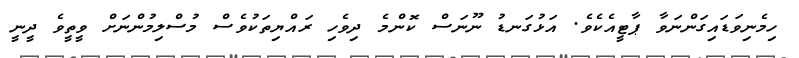
ހިމެނިވަޑައިގަންނަވާ ޕާޓީއެކެވެ. އަޅުގަނޑު ނޫނަސް ކޮންމެ ދިވެހި ރައްޔިތަކުވެސް މުސްލިމުންނަށް ވީތީވެ ދީނީ